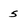
Character: 5